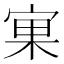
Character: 𱚉